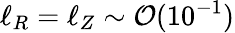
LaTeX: \ell_{R}=\ell_{Z}\sim\mathcal{O}(10^{-1})